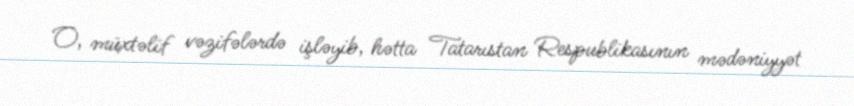
O, müxtəlif vəzifələrdə işləyib, hətta Tatarıstan Respublikasının mədəniyyət